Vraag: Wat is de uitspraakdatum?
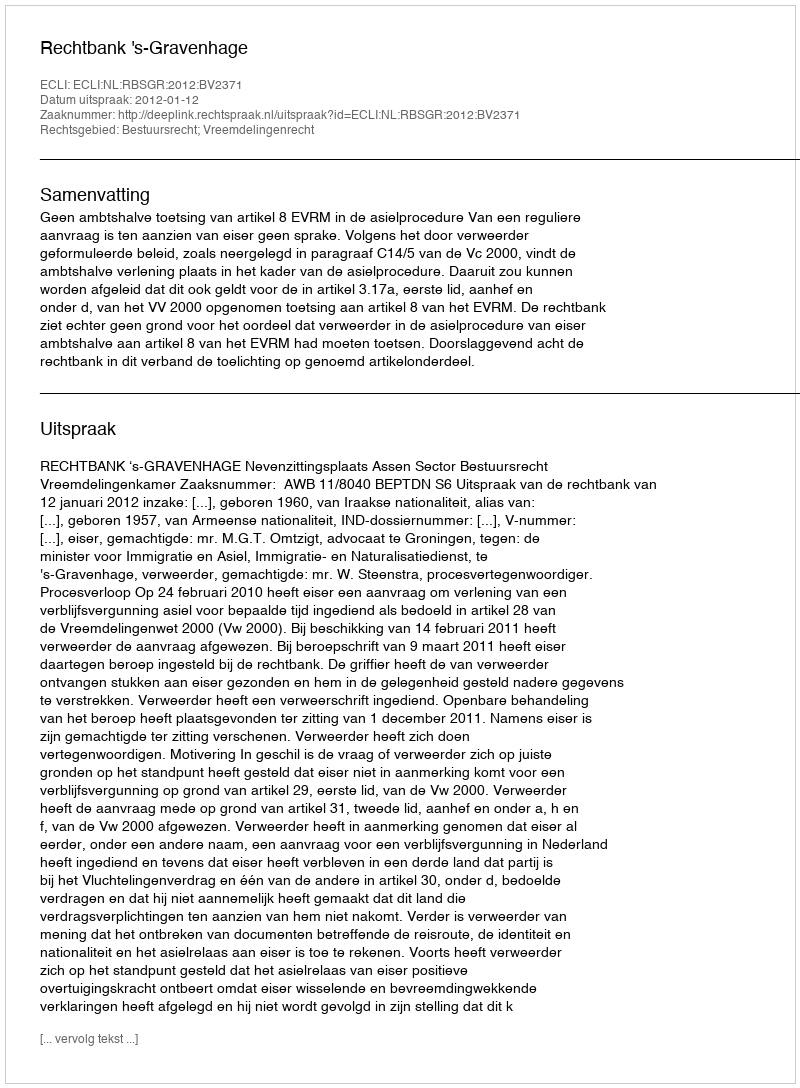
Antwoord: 2012-01-12